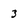
Character: 3